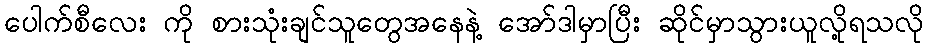
ပေါက်စီလေး ကို စားသုံးချင်သူတွေအနေနဲ့ အော်ဒါမှာပြီး ဆိုင်မှာသွားယူလို့ရသလို